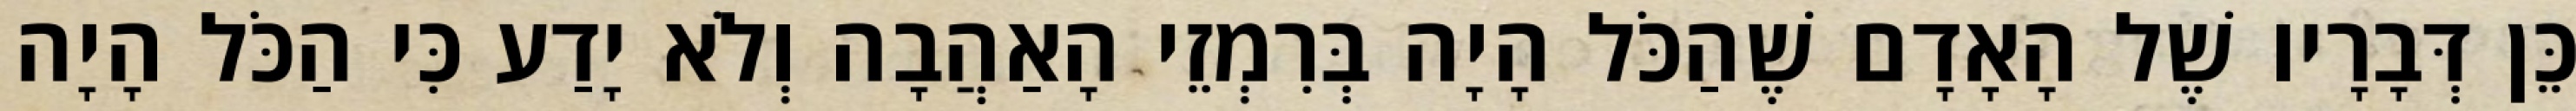
כֵּן דְּבָרָיו שֶׁל הָאָדָם שֶׁהַכֹּל הָיָה בְּרִמְזֵי הָאַהֲבָה וְלֹא יָדַע כִּי הַכֹּל הָיָה